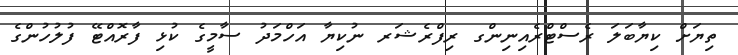
ތިޔަށް ކިޔާބަލަ ރެސްޓްރެއިނިންގ ރިފްރެޝަރ ނުކިޔާ އަހްމަދު ސާމީގެ ކުޅި ފާރޮއްޓޭ ފުލުހުންގެ